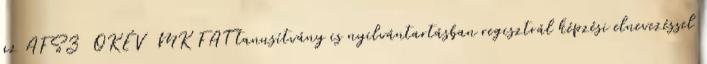
az AFSZ OKÉV MK FAT tanusítvány is nyilvántartásban regisztrál képzési elnevezéssel